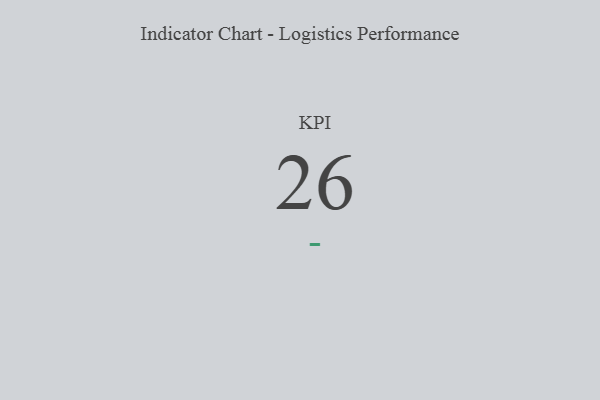
{"axis": {"x": "KPI", "y": "Value"}, "legend": [""], "data": [{"x": "KPI", "y": 26, "type": ""}]}